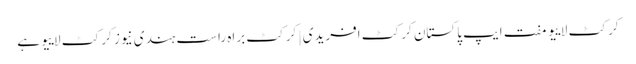
کرکٹ لاییو مفت ایپ پاکستان کرکٹ افریدی | کرکٹ براہ راست ہندی نیوز کرکٹ لاییو ہے